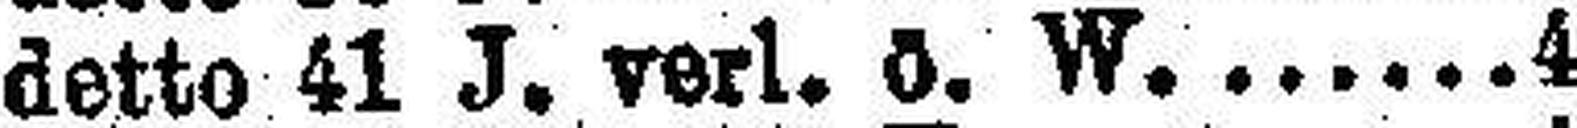
detto 41 J. verl. ö. W. 4